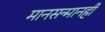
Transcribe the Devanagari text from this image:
मानसन्मानही